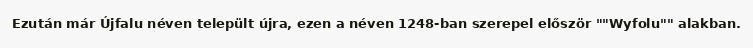
Ezután már Újfalu néven települt újra, ezen a néven 1248-ban szerepel először ""Wyfolu"" alakban.